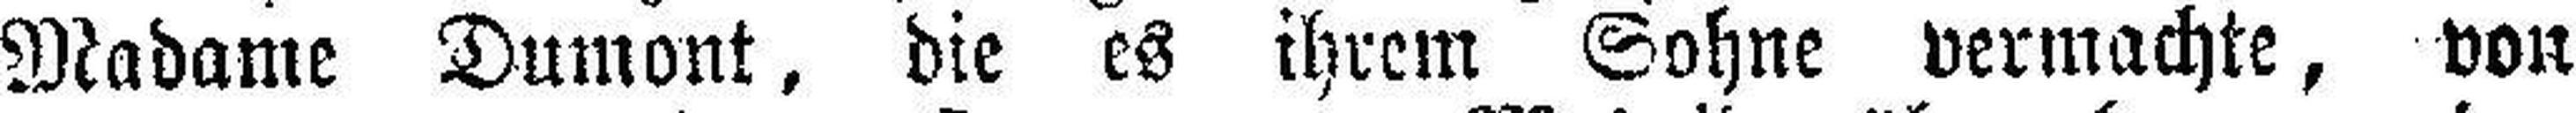
Madame Dumont, die es ihrem Sohne vermachte, von